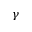
\gamma